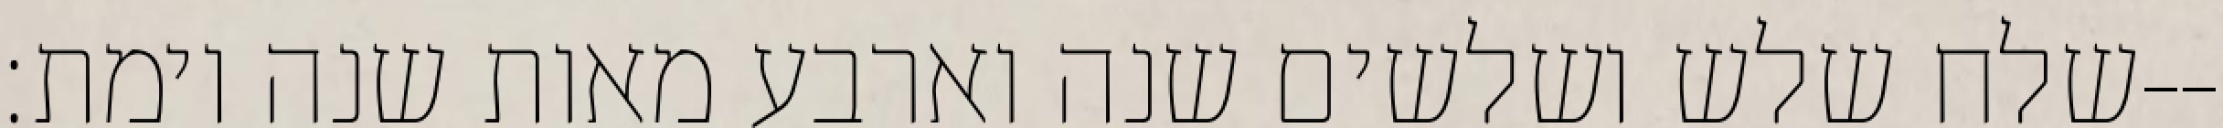
שלח שלש ושלשים שנה וארבע מאות שנה וימת׃--